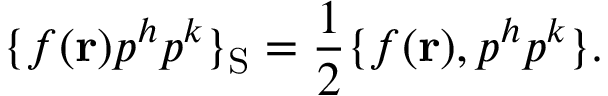
\{ f ( { \bf r } ) p ^ { h } p ^ { k } \} _ { \mathrm { S } } = { \frac { 1 } { 2 } } \{ f ( { \bf r } ) , p ^ { h } p ^ { k } \} .